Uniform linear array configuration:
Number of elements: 8
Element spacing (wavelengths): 1
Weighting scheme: uniform
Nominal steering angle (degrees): -15
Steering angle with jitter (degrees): -16.419
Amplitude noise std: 0.05
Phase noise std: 0.05

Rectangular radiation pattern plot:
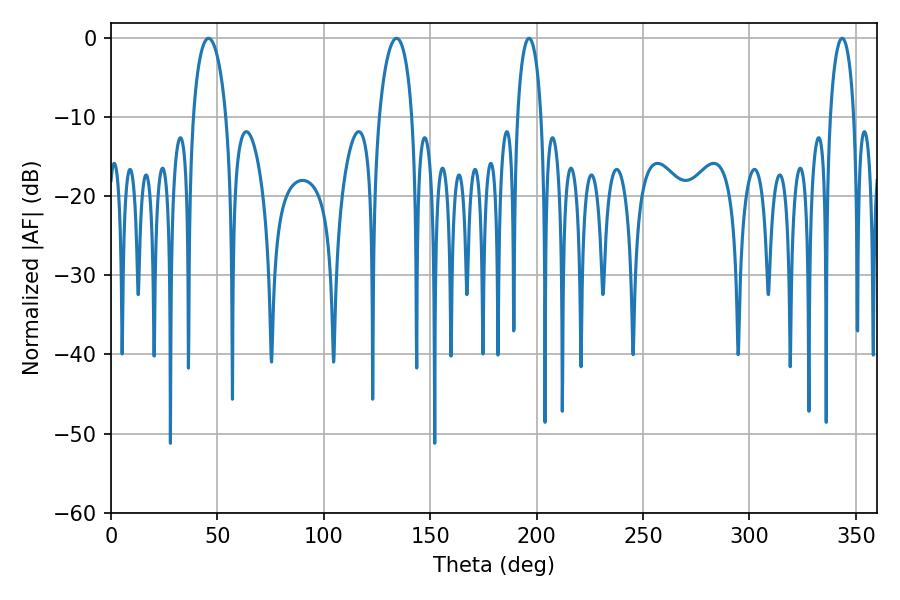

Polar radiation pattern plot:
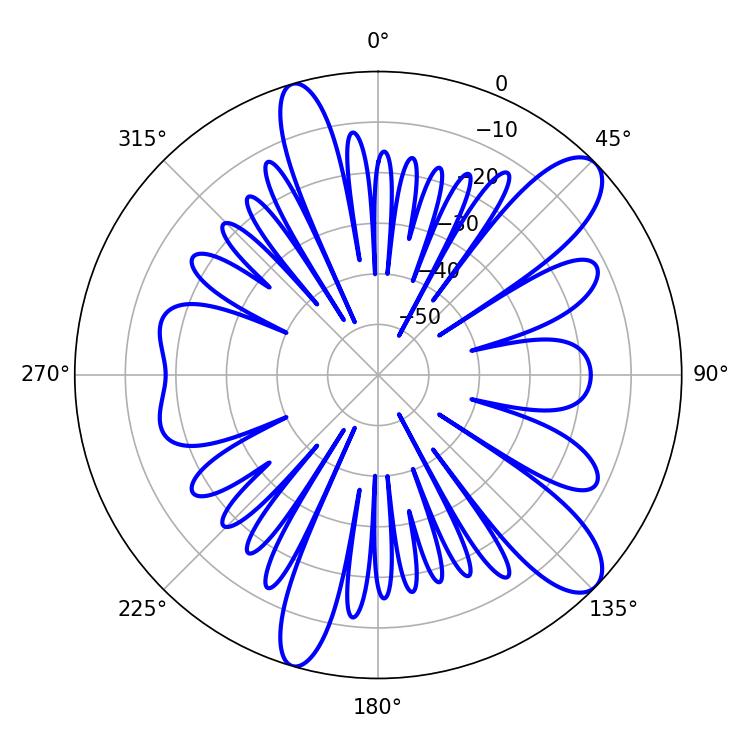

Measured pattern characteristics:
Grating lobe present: TRUE
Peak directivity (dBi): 10.772
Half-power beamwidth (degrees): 6.3
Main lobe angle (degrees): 196.38